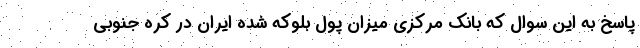
پاسخ به این سوال که بانک مرکزی میزان پول بلوکه شده ایران در کره جنوبی